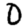
Digit: 0